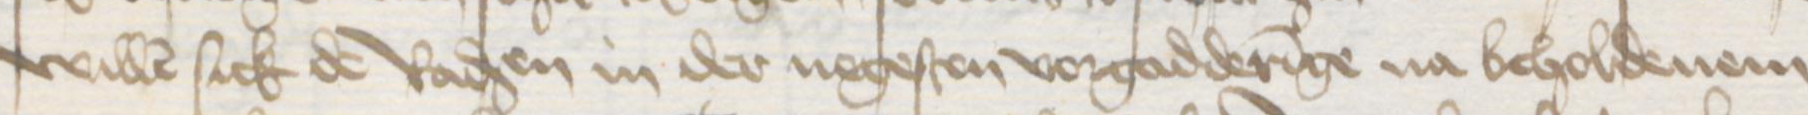
Transcription: willen sick de Radsen in der negesten vorgadderinge na beholdenem